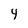
Character: 4